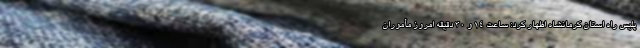
پلیس راه استان کرمانشاه اظهار کرد: ساعت ۱۴ و ۳۰ دقیقه امروز مأموران